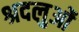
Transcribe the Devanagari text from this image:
श्रदलुओं